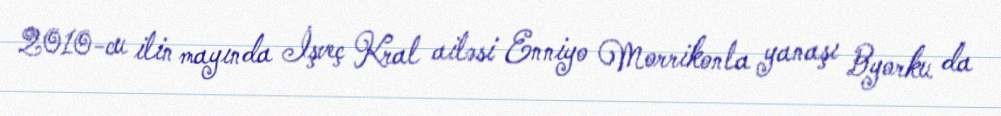
2010-cu ilin mayında İşveç Kral ailəsi Enniyo Morrikonla yanaşı Byorku da